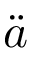
\ddot { a }